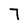
Character: 7